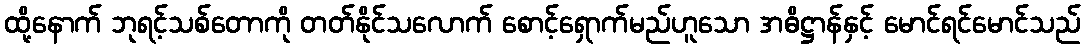
ထို့နောက် ဘုရင့်သစ်တောကို တတ်နိုင်သလောက် စောင့်ရှောက်မည်ဟူသော အဓိဋ္ဌာန်နှင့် မောင်ရင်မောင်သည်